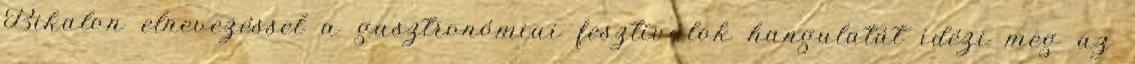
Bikalon elnevezéssel a gasztronómiai fesztiválok hangulatát idézi meg az